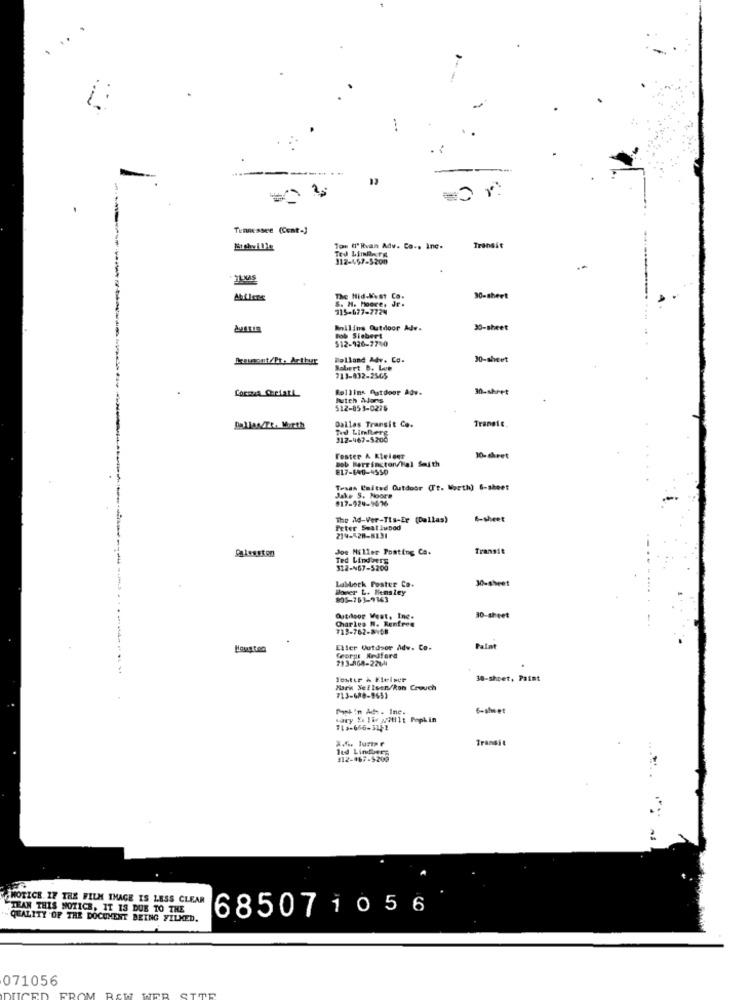
------
.
Tennessee (Cent-)
Ton (1"Rvan Adv. Co ., Inc.
Ted LimBerg
Transit
112-467-5200
The Hid-Kest
S. H. Moore,
90-sheet
115-677-7724
Rollins Outdoor Ade.
30-sheet
Bob Siebert
$12-926-7700
hrusont/Pt, Arthur
Molland Adv. Co.
30-sheet
Robert B. Lue
713-832-2565
COCINA CHELARL
Rollins Patdoor Adv-
30-shret
Dutch Alors
512-853-0276
Dallas Transit Co.
Transie
Dallas/TR. Marth
Ted Limlberg
312-467-5200
Dob Barrington/Hal Saith
Foster A Kleider
10- sheet
817-640-4550
Traas United Outdoor (Ft. Worth) 6-sheet
Jake S. Moore
017-929-9036
The Ad-Ver-Tis-Er (Dallas)
6-sheet
Peter Seat lubod
214-528-8131
Calesston
Joe Miller Posting Ca.
Transit
Ted Lindberg
312-467-5200
30-sheet
Lablock Foster Co.
Wover L. Hensley
805-751-9163
Charles N. Rentree
Outdoor West, Inc.
30-sheet
718-762-8158
Eller Outdoor Adv. Co.
Palat
feorge Redford
713-868-2264
---------------
Tostir & Fleiper
30-sheet, Paint
Hark Nelleen/Ron Crouch
713-688-9651
fish'n Act. Inc.
6-sheet
Lary So lie MiHilt Popkin
Transit
led Lindberg
312-967-5200
MOTICE IF THE FILM IMAGE IS LESS CLEAR
TEAN THIS NOTICE, IT IS DUE TO THE
685071056
QUALITY 'OF THE DOCUMENT BEING FILMED.
071056